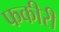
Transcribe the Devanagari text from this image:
फकीरी